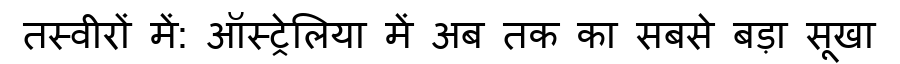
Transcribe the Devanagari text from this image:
तस्वीरों में: ऑस्ट्रेलिया में अब तक का सबसे बड़ा सूखा